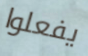
يفعلوا